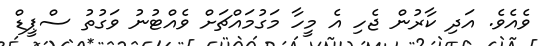
ވެއެވެ. އަދި ކާރުން ޖެހި އެ މީހާ މަގުމައްޗަށް ވެއްޓުނު ވަގުތު ސްޕީޑް